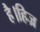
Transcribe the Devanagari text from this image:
है।हिज्र